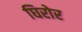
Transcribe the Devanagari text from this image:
घिरोर